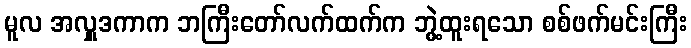
မူလ အလှူဒကာက ဘကြီးတော်လက်ထက်က ဘွဲ့ထူးရသော စစ်ဖက်မင်းကြီး